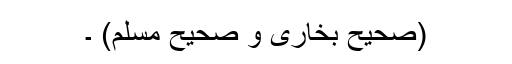
(صحیح بخاری و صحیح مسلم) ۔